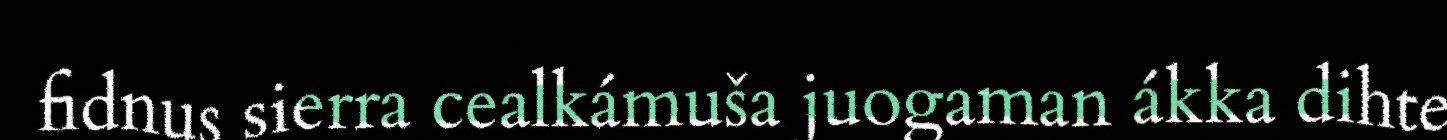
fidnus sierra cealkámuša juogaman ákka dihte